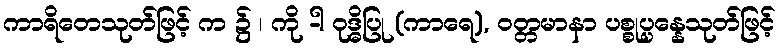
ကာရိတေသုတ်ဖြင့် က ၌ ၊ ကို -ါ ဝုဒ္ဓိပြု (ကာရေ), ဝတ္တမာနာ ပစ္စုပ္ပန္နေသုတ်ဖြင့်